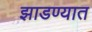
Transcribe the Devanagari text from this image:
झाडण्यात